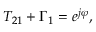
T _ { 2 1 } + \Gamma _ { 1 } = e ^ { j \varphi } ,